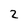
Character: 2